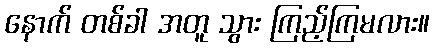
နောက် တစ်ခါ အတူ သွား ကြည့်ကြမလား။